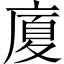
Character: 廈